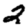
Digit: 2